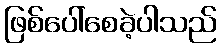
ဖြစ်ပေါ်စေခဲ့ပါသည်